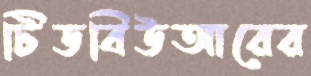
টিডবিউআরের